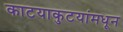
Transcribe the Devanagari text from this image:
काटयाकुटयांमधून